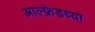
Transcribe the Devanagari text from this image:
आल्फ्रेडच्या